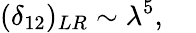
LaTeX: (\delta_{12})_{LR}\sim\lambda^{5},~~~~